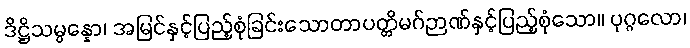
ဒိဋ္ဌိသမ္ပန္နော၊ အမြင်နှင့်ပြည့်စုံခြင်းသောတာပတ္တိမဂ်ဉာဏ်နှင့်ပြည့်စုံသော။ ပုဂ္ဂလော၊